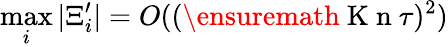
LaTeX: \operatorname*{max}_{i}\vert\Xi_{i}^{\prime}\vert=O((\ensuremath{\mathrm{~K~n~}}\tau)^{2})